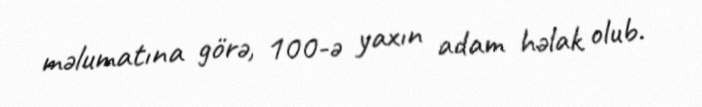
məlumatına görə, 100-ə yaxın adam həlak olub.